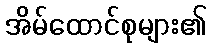
အိမ်ထောင်စုများ၏